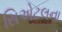
સિએટલના